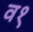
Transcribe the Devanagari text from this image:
व१